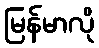
မြန်မာလို